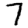
Digit: 7